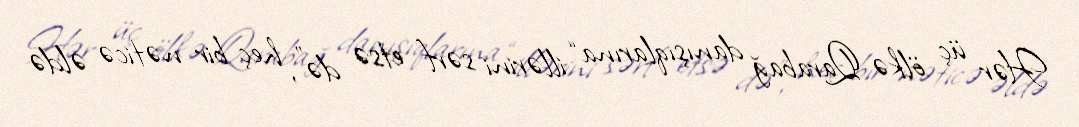
Hər üç ölkə Qarabağ danışıqlarına “illərini sərf etsə də”, heç bir nəticə əldə